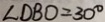
\angle D B O = 3 0 ^ { \circ }